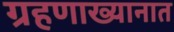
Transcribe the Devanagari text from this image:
ग्रहणाख्यानात